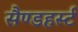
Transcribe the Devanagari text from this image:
सैण्डहर्स्ट